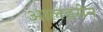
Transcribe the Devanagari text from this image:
आलहसेन